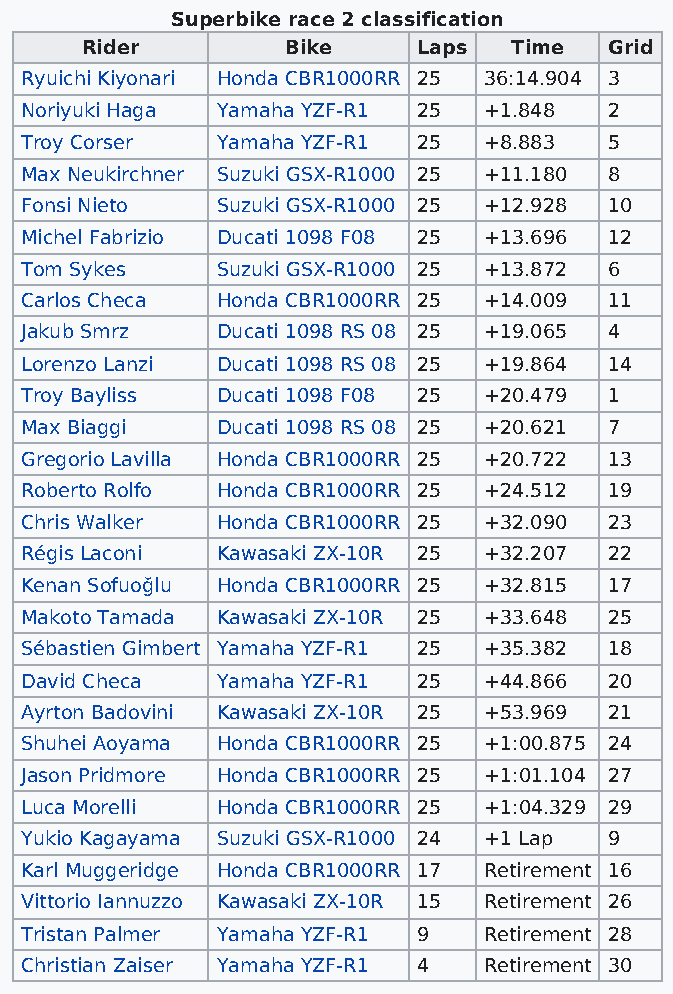
Superbike race 2 classification
 Rider         Bike     Laps  Time  Grid
 Ryuichi Kiyonari Honda CBR1000RR 25 36:14.904 3
 Noriyuki Haga Yamaha YZF-R1 25 +1.848  2
 Troy Corser  Yamaha YZF-R1 25  +8.883  5
 Max Neukirchner Suzuki GSX-R1000 25 +11.180 8
 Fonsi Nieto  Suzuki GSX-R1000 25 +12.928 10
 Michel Fabrizio Ducati 1098 F08 25 +13.696 12
 Tom Sykes    Suzuki GSX-R1000 25 +13.872 6
 Carlos Checa Honda CBR1000RR 25 +14.009 11
 Jakub Smrz   Ducati 1098 RS 08 25 +19.065 4
 Lorenzo Lanzi Ducati 1098 RS 08 25 +19.864 14
 Troy Bayliss Ducati 1098 F08 25 +20.479 1
 Max Biaggi   Ducati 1098 RS 08 25 +20.621 7
 Gregorio Lavilla Honda CBR1000RR 25 +20.722 13
 Roberto Rolfo Honda CBR1000RR 25 +24.512 19
 Chris Walker Honda CBR1000RR 25 +32.090 23
 Régis Laconi Kawasaki ZX-10R 25 +32.207 22
 Kenan Sofuoğlu Honda CBR1000RR 25 +32.815 17
 Makoto Tamada Kawasaki ZX-10R 25 +33.648 25
 Sébastien Gimbert Yamaha YZF-R1 25 +35.382 18
 David Checa  Yamaha YZF-R1 25  +44.866 20
 Ayrton Badovini Kawasaki ZX-10R 25 +53.969 21
 Shuhei Aoyama Honda CBR1000RR 25 +1:00.875 24
 Jason Pridmore Honda CBR1000RR 25 +1:01.104 27
 Luca Morelli Honda CBR1000RR 25 +1:04.329 29
 Yukio Kagayama Suzuki GSX-R1000 24 +1 Lap 9
 Karl Muggeridge Honda CBR1000RR 17 Retirement 16
 Vittorio Iannuzzo Kawasaki ZX-10R 15 Retirement 26
 Tristan Palmer Yamaha YZF-R1 9 Retirement 28
 Christian Zaiser Yamaha YZF-R1 4 Retirement 30